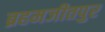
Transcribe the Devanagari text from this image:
ब्रहमजीतपुर